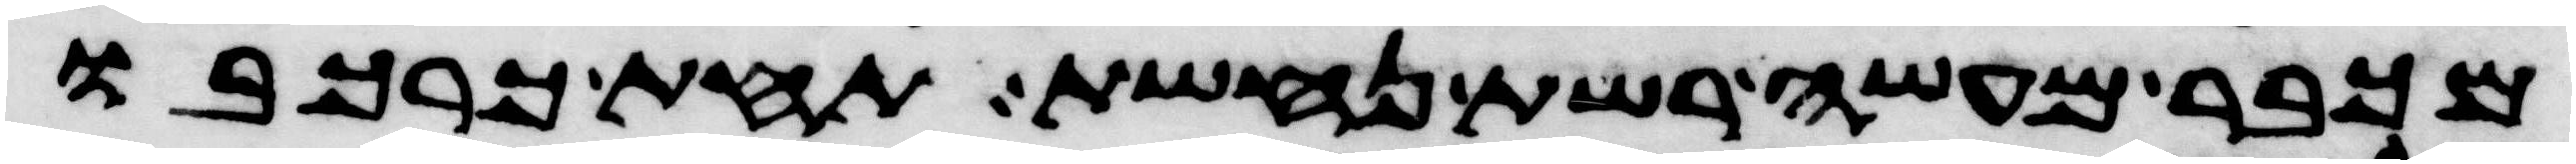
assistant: מכבר מעשה רשת נחשת תחת כרכבו